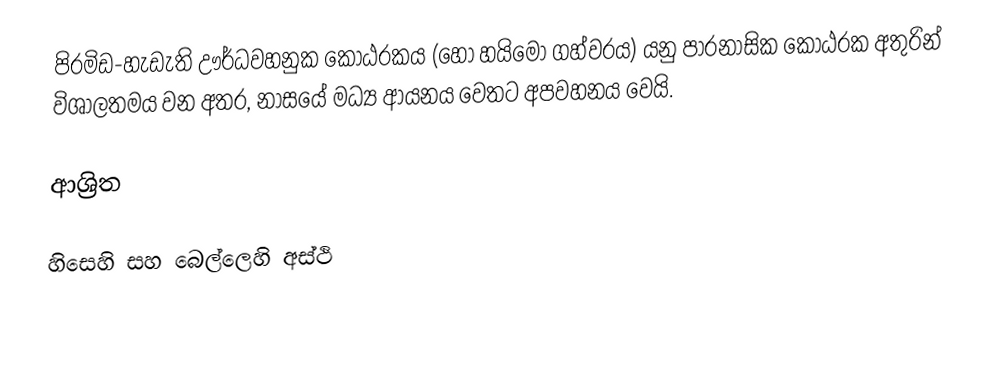
පිරමිඩ-හැඩැති  ඌර්ධවහනුක කෝඨරකය (හෝ හයිමෝ ගහ්වරය) යනු පාරනාසික කෝඨරක අතුරින් විශාලතමය වන අතර, නාසයේ  මධ්‍ය ආයනය වෙතට අපවහනය වෙයි.

ආශ්‍රිත

හිසෙහි සහ බෙල්ලෙහි අස්ථි